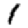
Digit: 1